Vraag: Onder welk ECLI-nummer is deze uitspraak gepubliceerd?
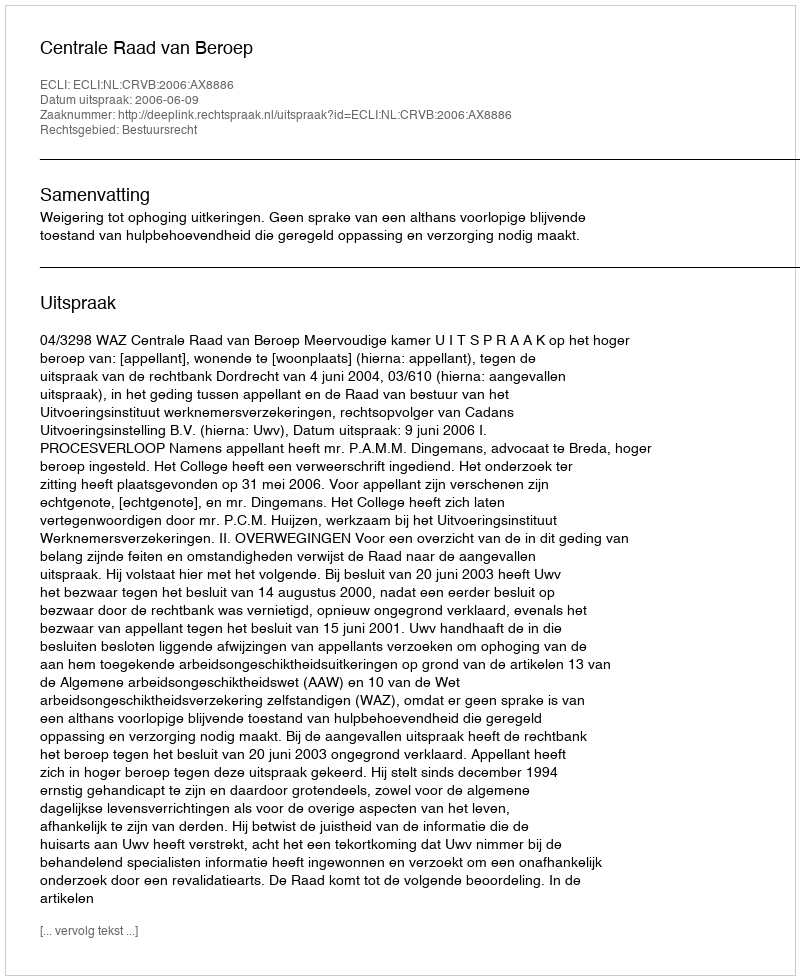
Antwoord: ECLI:NL:CRVB:2006:AX8886